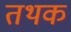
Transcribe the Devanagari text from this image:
तथक